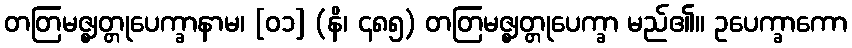
တတြမဇ္ဈတ္တုပေက္ခာနာမ၊ [၀၁] (နိ၊ ၄၈၅) တတြမဇ္ဈတ္တုပေက္ခာ မည်၏။ ဥပေက္ခာကော